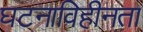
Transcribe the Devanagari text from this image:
घटनाविहीनता